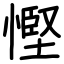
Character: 慳